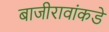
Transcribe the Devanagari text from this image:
बाजीरावांकडे